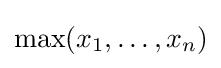
\max(x_{1},\ldots ,x_{n})